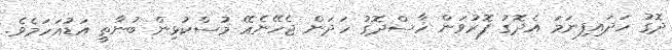
ދޮގު ހަދައިފިނަމަ އެދޮގު ފޮރުވަން ހާސްދޮގު ހަދަން ޖެހޭނެއޭ މުސްކުޅިން ބުނާތީ އަޑުއަހަމެވެ.